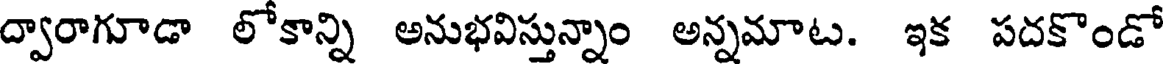
ద్వారాగూడా లోకాన్ని అనుభవిస్తున్నాం అన్నమాట. ఇక పదకొండో